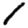
Digit: 1